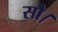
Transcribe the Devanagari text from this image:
सौ।